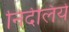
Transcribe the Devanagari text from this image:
निर्देलिये